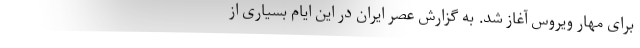
برای مهار ویروس آغاز شد. به گزارش عصر ایران در این ایام بسیاری از